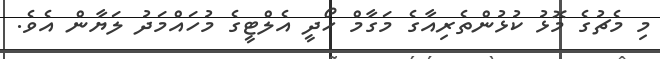
މި މެޗުގެ މޮޅު ކުޅުންތެރިއާގެ މަގާމް ހޯދީ އެލްޓީގެ މުހައްމަދު ލަޔާން އެވެ.